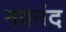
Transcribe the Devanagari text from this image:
नवनंद